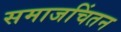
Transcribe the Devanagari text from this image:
समाजचिंतन